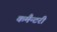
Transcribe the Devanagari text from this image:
कमैन्टरी